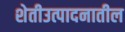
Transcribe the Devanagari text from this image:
शेतीउत्पादनातील